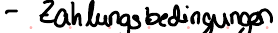
- Zahlungsbedingungen